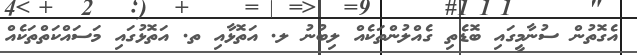
އެގޮތުން ސުނާމީގައި ބޮޑެތި ގެއްލުންތަކެއް ލިބުނު ލ. އަތޮޅާއި ތ. އަތޮޅުގައި މަސައްކަތްތަކެއް